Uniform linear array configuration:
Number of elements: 32
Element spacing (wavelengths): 0.75
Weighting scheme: binomial
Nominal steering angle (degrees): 15
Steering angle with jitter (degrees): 15.907
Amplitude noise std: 0.05
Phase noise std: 0.05

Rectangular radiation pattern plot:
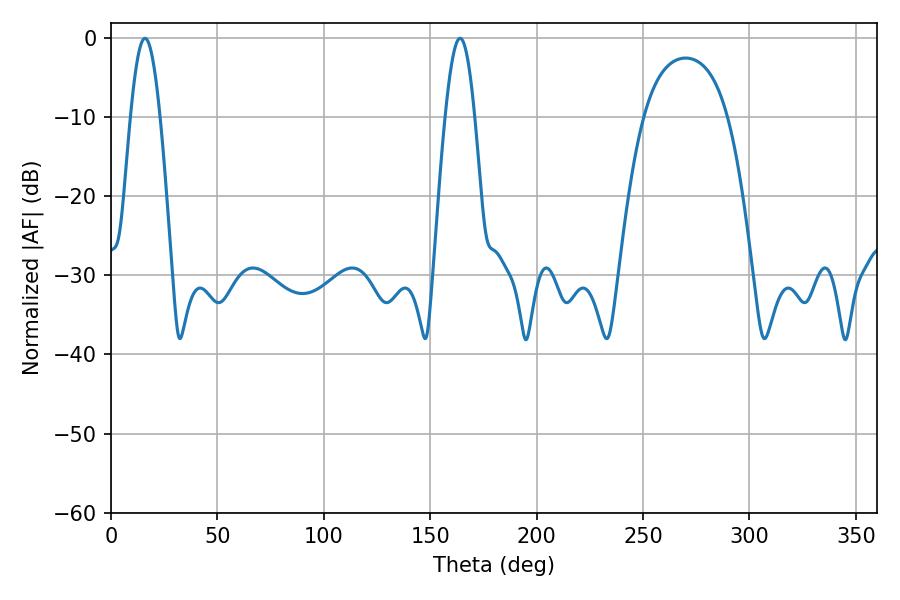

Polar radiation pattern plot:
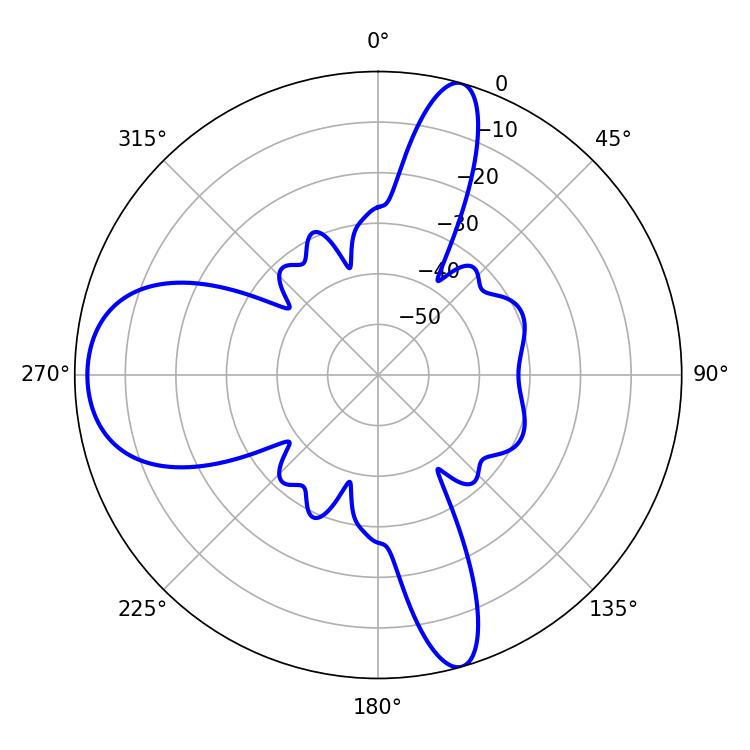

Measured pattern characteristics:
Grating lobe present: TRUE
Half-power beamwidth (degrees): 7.56
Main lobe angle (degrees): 16.02